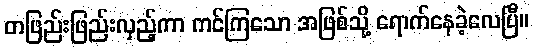
တဖြည်းဖြည်းလှည့်ကာ ကင်ကြသော အဖြစ်သို့ ရောက်နေခဲ့လေပြီ။